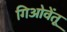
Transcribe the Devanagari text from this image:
गिओवेंतू